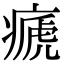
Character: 㾷